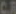
CR